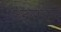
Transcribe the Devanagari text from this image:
उदगयन